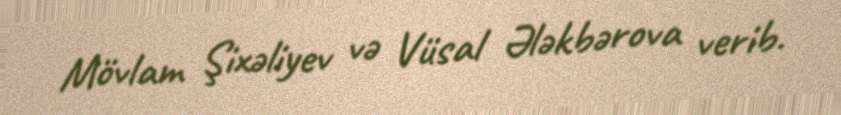
Mövlam Şixəliyev və Vüsal Ələkbərova verib.